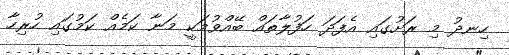
ހިނދު މި ރަށުގައި އެފަދަ ހަފުލާތައް ބޭއްވުމަކީ މަނާ ކަމެއް ކަމުގައި ހުރިހާ